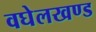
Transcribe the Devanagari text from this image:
वघेलखण्ड